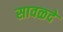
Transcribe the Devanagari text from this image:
सावळदे